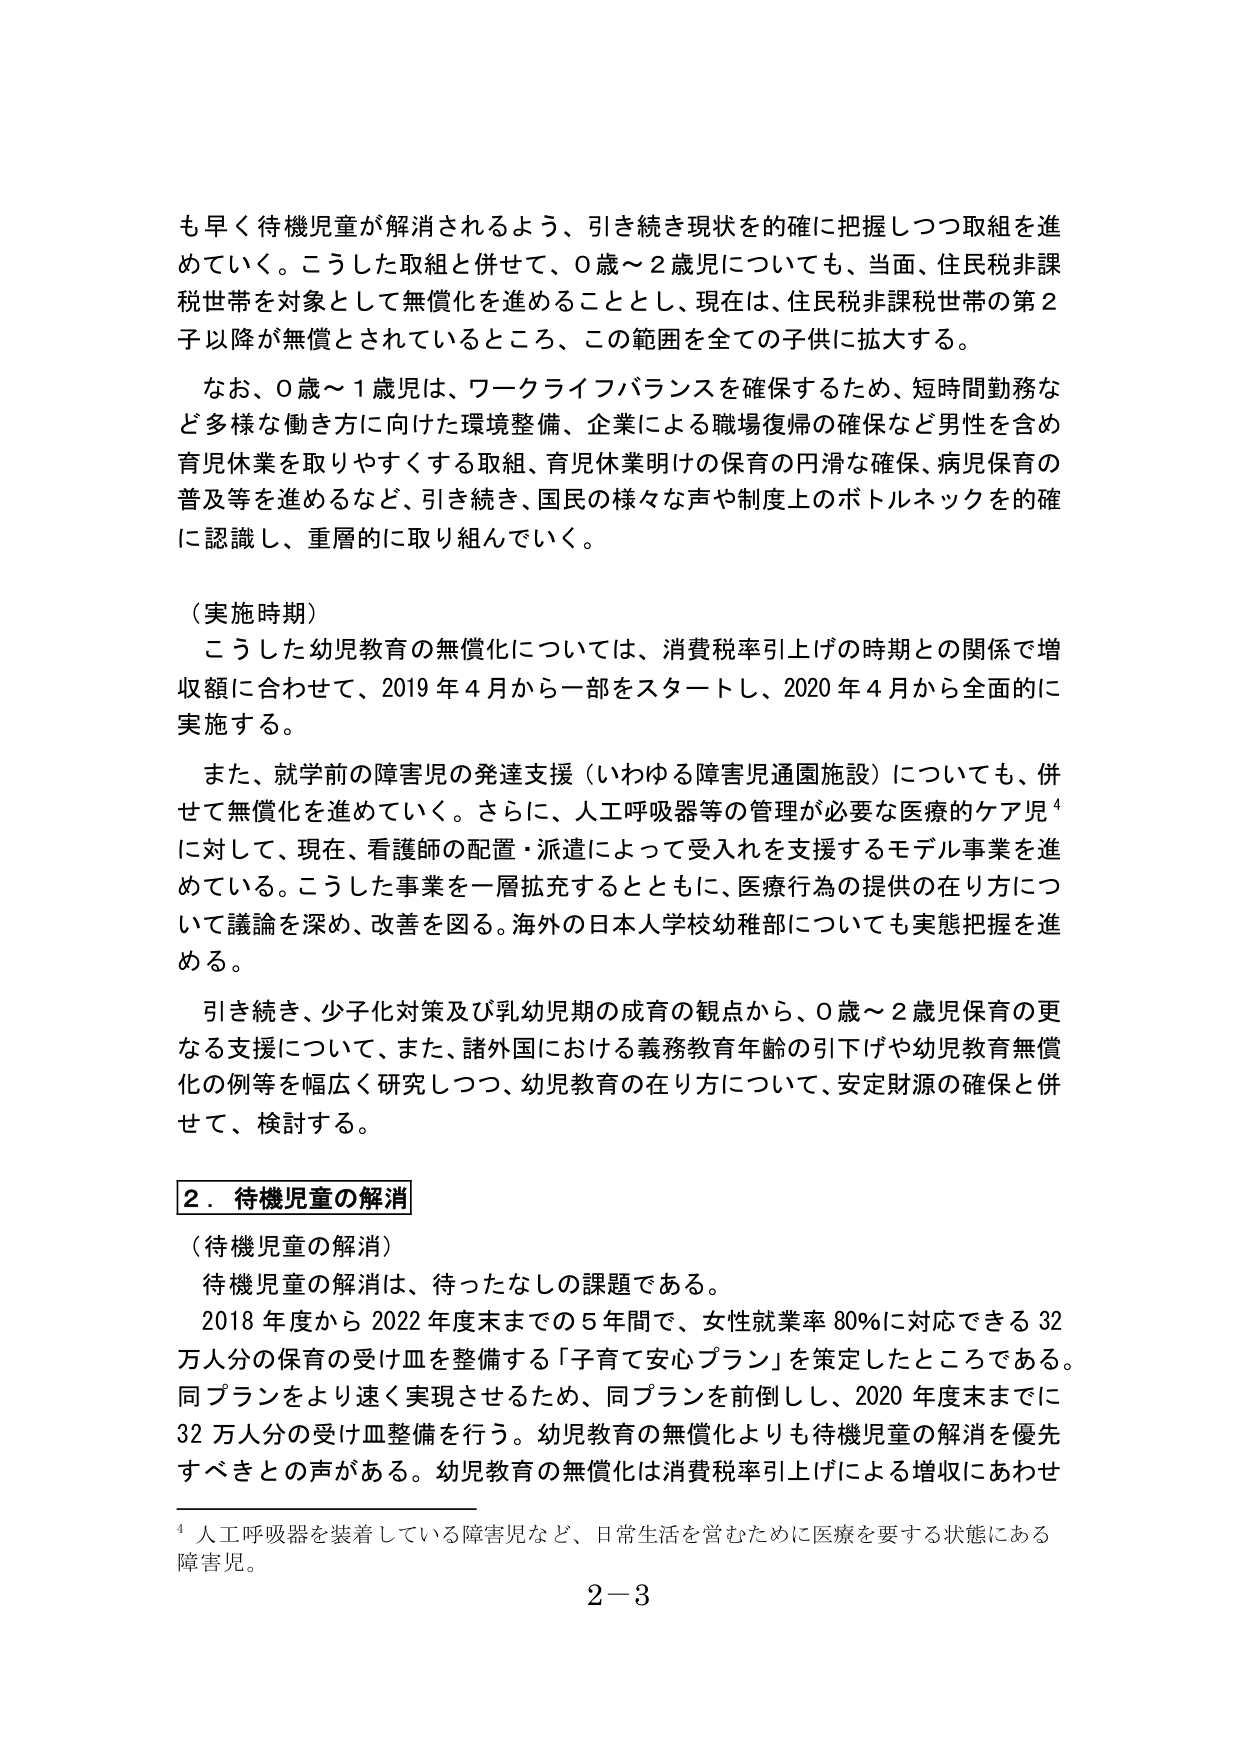
も早く待機児童が解消されるよう、引き続き現状を的確に把握しつつ取組を進めていく。こうした取組と併せて、0歳～2歳児についても、当面、住民税非課税世帯を対象として無償化を進めることとし、現在は、住民税非課税世帯の第2子以降が無償とされているところ、この範囲を全ての子供に拡大する。

なお、0歳～1歳児は、ワークライフバランスを確保するため、短時間勤務など多様な働き方に向けた環境整備、企業による職場復帰の確保など男性を含め育児休業を取りやすくする取組、育児休業明けの保育の円滑な確保、病児保育の普及等を進めるなど、引き続き、国民の様々な声や制度上のボトルネックを的確に認識し、重層的に取り組んでいく。

（実施時期）
こうした幼児教育の無償化については、消費税率引上げの時期との関係で増収額に合わせて、2019年4月から一部をスタートし、2020年4月から全面的に実施する。

また、就学前の障害児の発達支援（いわゆる障害児通園施設）についても、併せて無償化を進めていく。さらに、人工呼吸器等の管理が必要な医療的ケア児⁴に対して、現在、看護師の配置・派遣によって受入れを支援するモデル事業を進めている。こうした事業を一層拡充するとともに、医療行為の提供の在り方について議論を深め、改善を図る。海外の日本人学校幼稚部についても実態把握を進める。

引き続き、少子化対策及び乳幼児期の成育の観点から、0歳～2歳児保育の更なる支援について、また、諸外国における義務教育年齢の引下げや幼児教育無償化の例等を幅広く研究しつつ、幼児教育の在り方について、安定財源の確保と併せて、検討する。

2．待機児童の解消
（待機児童の解消）
待機児童の解消は、待ったなしの課題である。
2018年度から2022年度末までの5年間で、女性就業率80％に対応できる32万人分の保育の受け皿を整備する「子育て安心プラン」を策定したところである。同プランをより速く実現させるため、同プランを前倒しし、2020年度末までに32万人分の受け皿整備を行う。幼児教育の無償化よりも待機児童の解消を優先すべきとの声がある。幼児教育の無償化は消費税率引上げによる増収にあわせ

⁴ 人工呼吸器を装着している障害児など、日常生活を営むために医療を要する状態にある障害児。

2－3